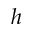
h